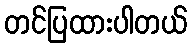
တင်ပြထားပါတယ်